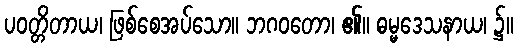
ပဝတ္တိတာယ၊ ဖြစ်စေအပ်သော။ ဘဂဝတော၊ ၏။ ဓမ္မဒေသနာယ၊ ၌။